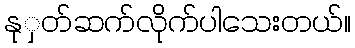
နုှတ်ဆက်လိုက်ပါသေးတယ်။